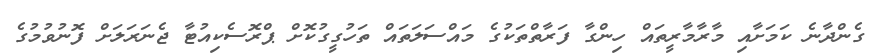
ގެންދާނެ ކަމަށާއި މާރާމާރީތައް ހިންގާ ފަރާތްތަކުގެ މައްސަލަތައް ތަހުގީގުކޮށް ޕްރޮސެކިއުޓާ ޖެނަރަލަށް ފޮނުވުމުގެ